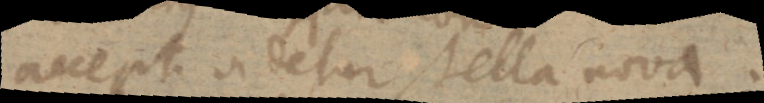
accepti videtur stella nova.